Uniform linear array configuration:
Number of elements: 4
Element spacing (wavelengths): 0.5
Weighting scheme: uniform
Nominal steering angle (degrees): -15
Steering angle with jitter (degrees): -14.003
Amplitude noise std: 0.05
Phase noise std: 0.05

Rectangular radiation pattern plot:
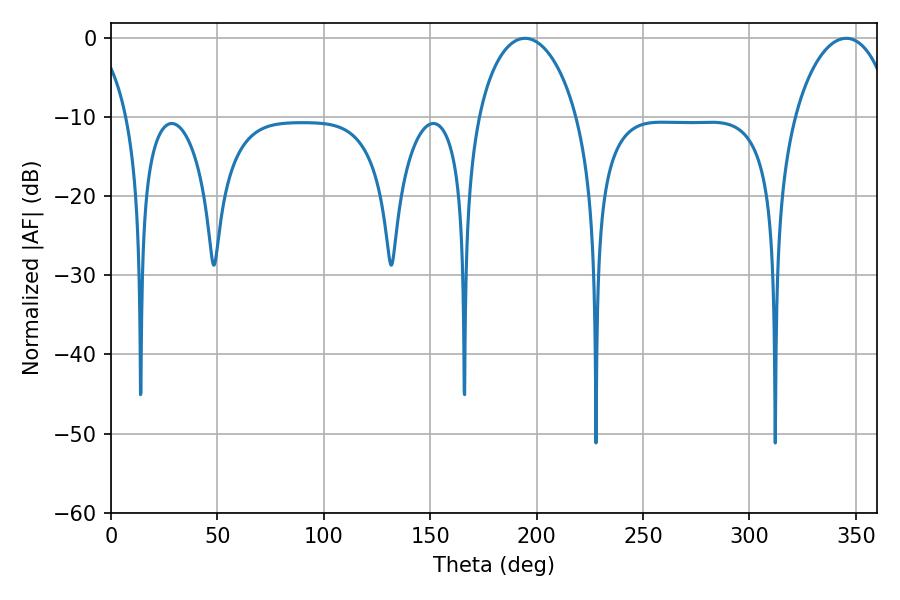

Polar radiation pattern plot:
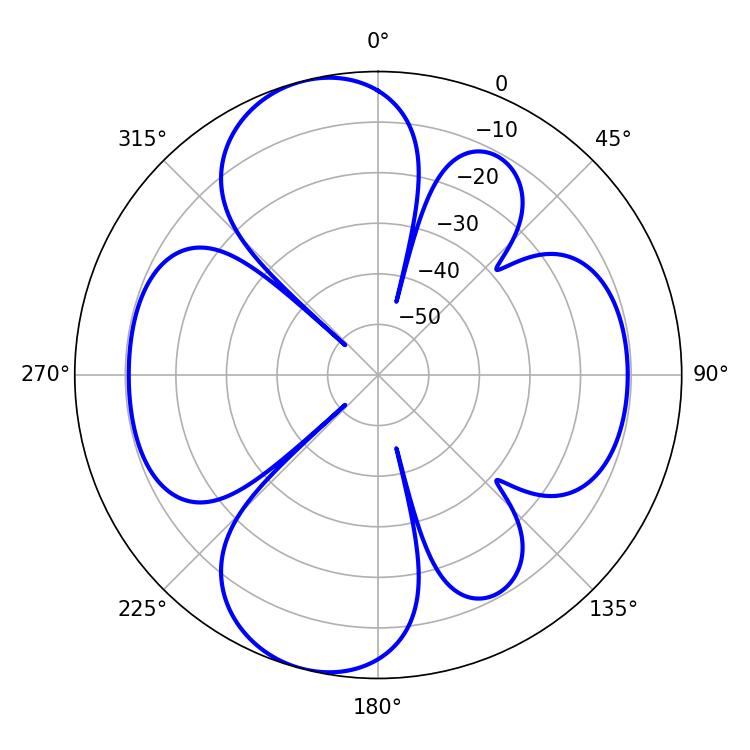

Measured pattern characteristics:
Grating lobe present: FALSE
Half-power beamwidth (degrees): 26.64
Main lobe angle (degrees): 194.58